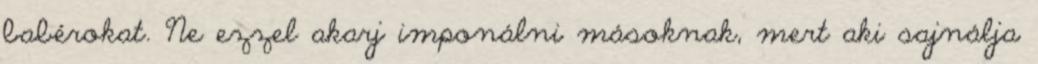
babérokat. Ne ezzel akarj imponálni másoknak, mert aki sajnálja